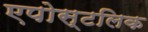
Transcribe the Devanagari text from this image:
एपोस्टलिक